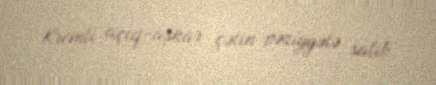
Kremli açıq-aşkar çətin vəziyyətə salıb.